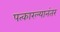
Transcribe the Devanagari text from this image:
पत्कारल्यानंतर